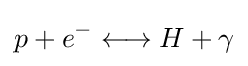
p+e^{-}\longleftrightarrow H+\gamma